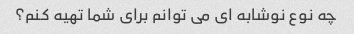
چه نوع نوشابه ای می توانم برای شما تهیه کنم؟